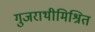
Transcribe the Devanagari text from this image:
गुजराथीमिश्रित